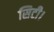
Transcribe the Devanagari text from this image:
सिटी।